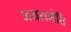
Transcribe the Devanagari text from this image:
जयरामेति